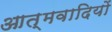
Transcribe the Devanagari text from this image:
आत्मवादियों